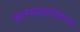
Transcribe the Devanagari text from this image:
बातम्यांबरोबरच